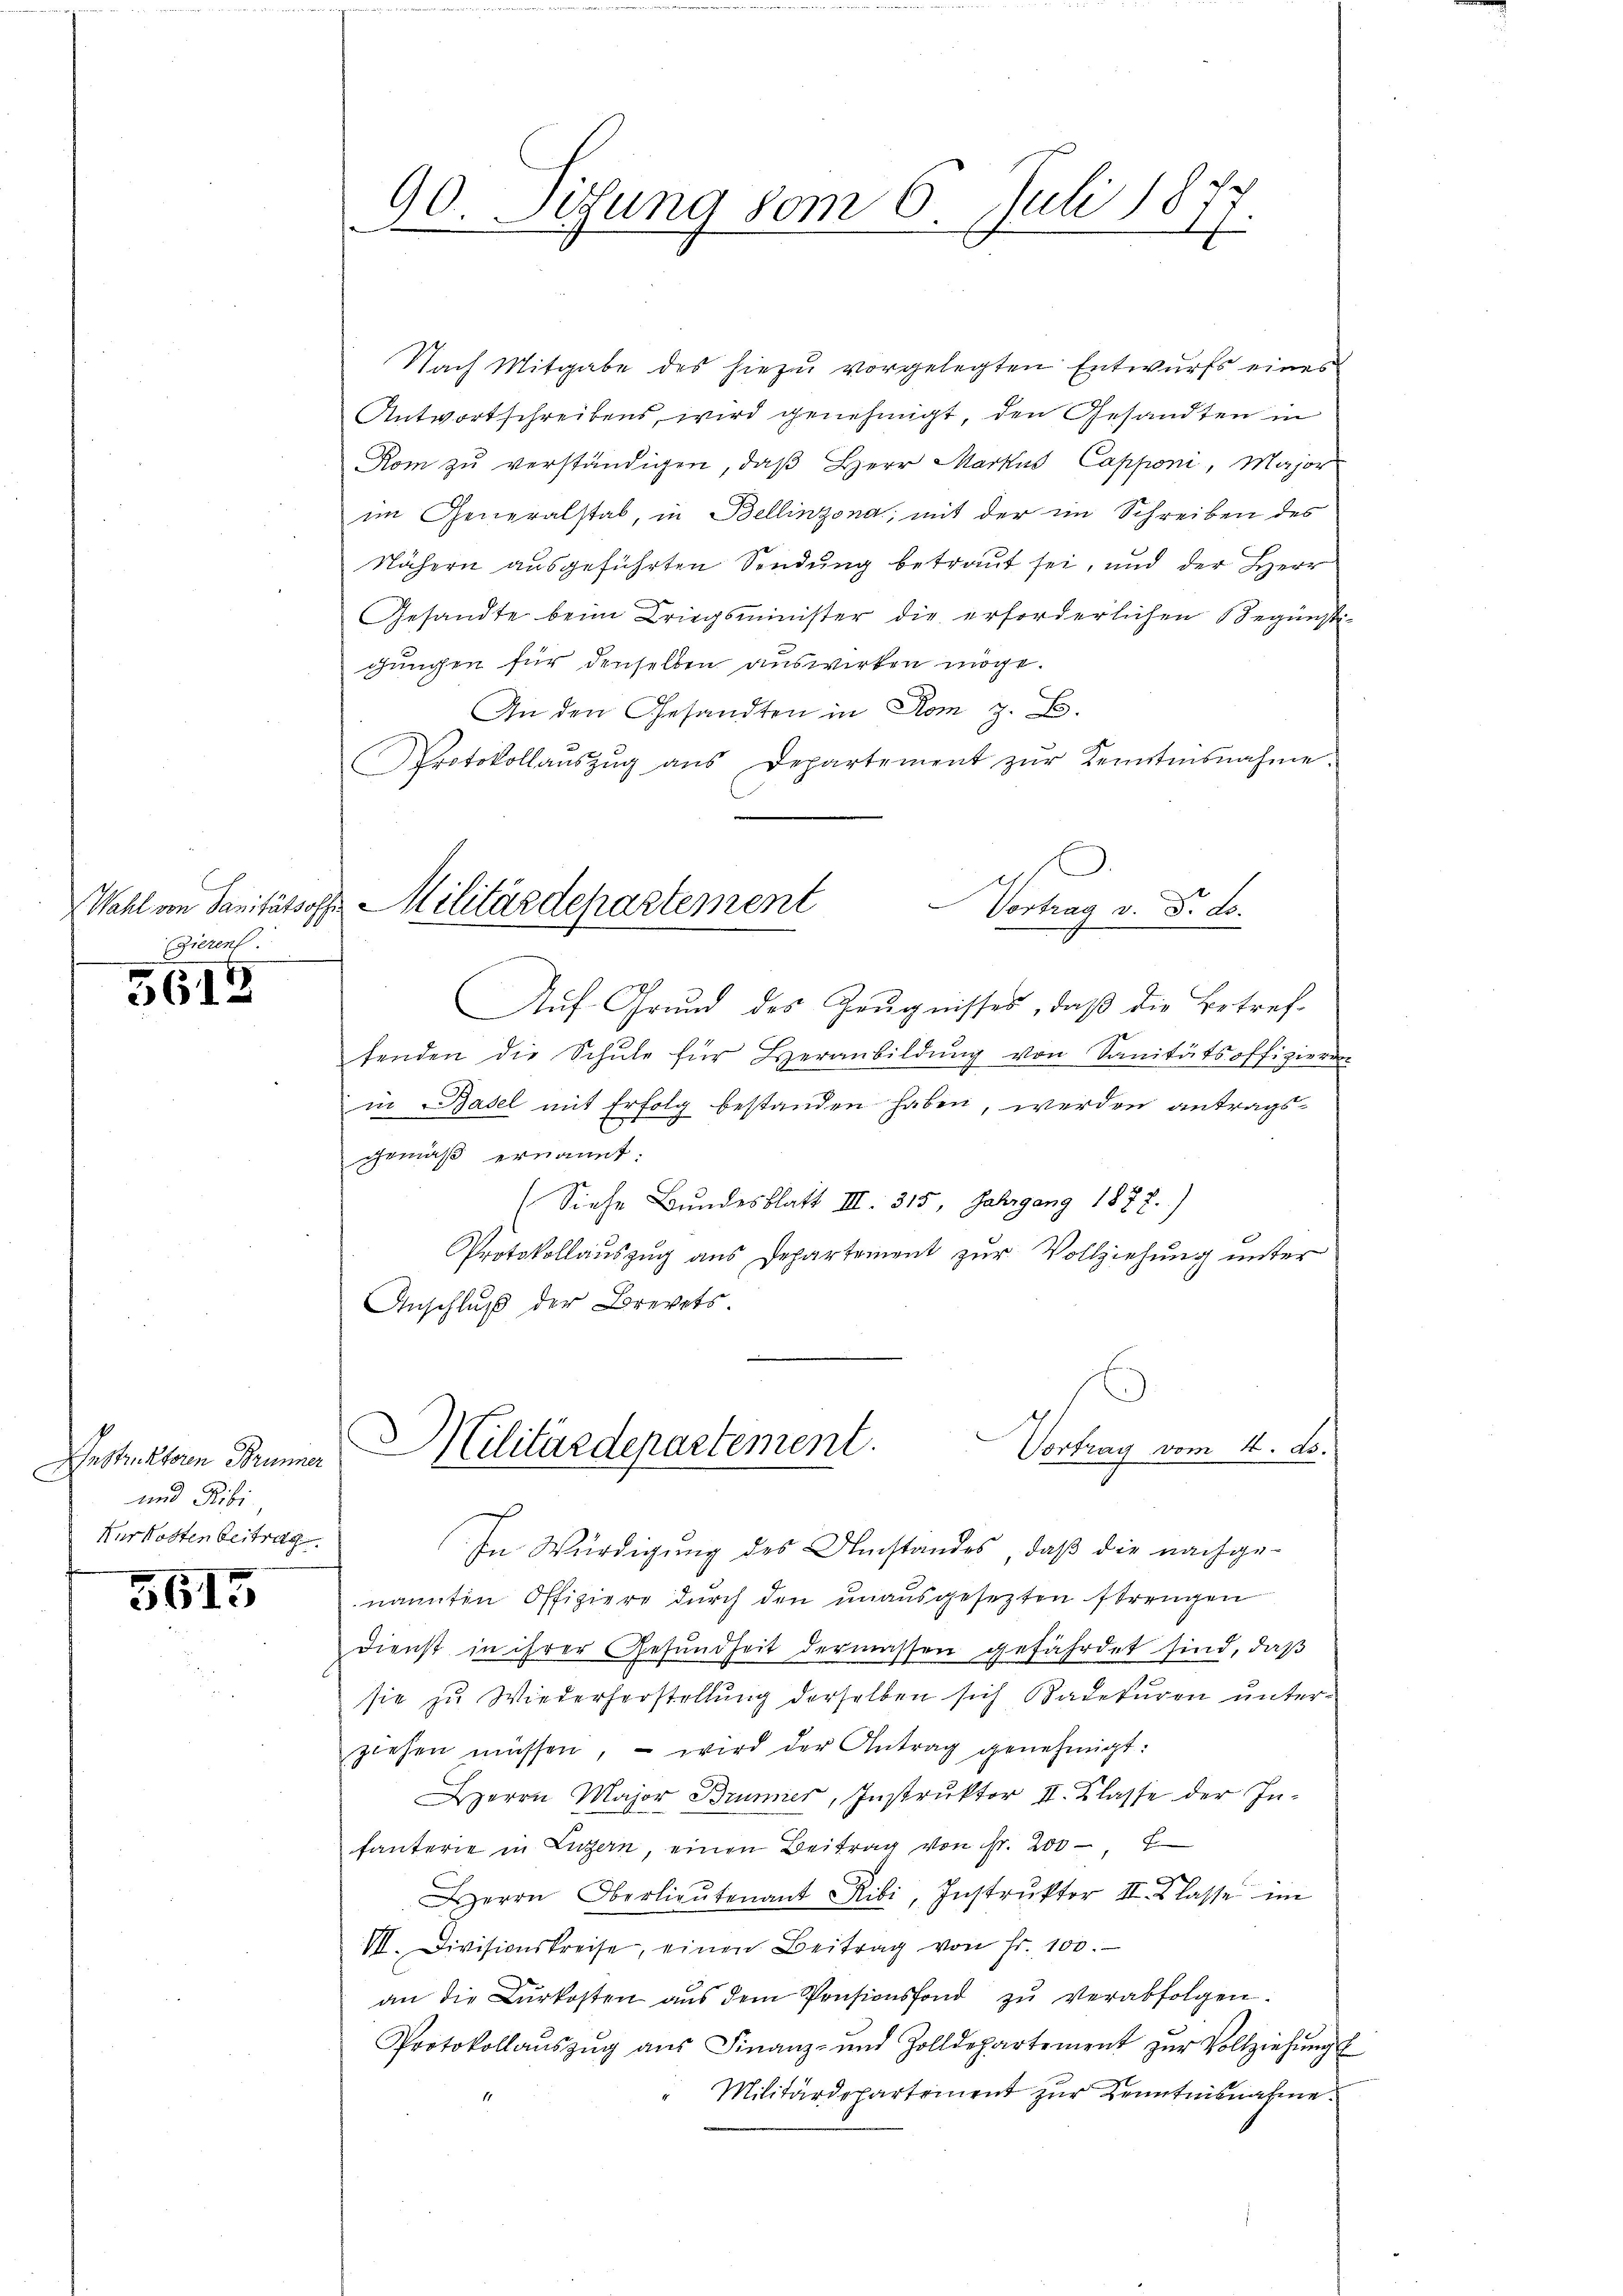
(Zieren

5612

und Ribi
Kur Kosten Beitrag

5615

90. Sitzung vom 6. Juli 1877

Nach Mitgabe des hiezu vorgelegten Entwurfs eines
Antwortschreibens, wird genehmigt, den Gesandten in
Rom zu verständigen, daß Herr Markus Capponi, Major
im Generalstab, in Bellinzona, mit der im Schreiben des
Nähern ausgeführten Sendung betraut sei, und der Herr
Gesandte beim Kriegsminister die erforderlichen Begünstigungen für denselben auswirken möge.
An den Gesandten in Rom z. B.
Protokollaŭszŭg ans Departement zŭr Kenntnisnahme.
Aŭf Grŭnd des Zeŭgnisses, daβ die Betref-
henden die Schŭle für Heranbildŭng von Sanitätsoffizieren
in Basel mit Erfolg bestanden haben, werden antragsgemäß ernannt.
(Siehe Bundesblatt III. 315. Jahrgang 1877.)
Protokollauszug aus Departement zur Vollziehung unter
Anschluß der Brevets.
u
Vortrag vom 4. ds.
Bestrektor Sennen Militärdepartement.
In Würdigung des Umstandes, daß die nachge-
nannten Offiziere durch den unausgesezten strengen
dienst in ihrer Gesŭndheit dermassen gefährdet sind, daß
sie zu Wiederherstellung derselben sich Kadeturen unterziehen müssen, – wird der Antrag genehmigt:
Herrn Major Brunner, Instruktor II. Klasse der Infanterie in Luzern, einen Beitrag von ist. 200 f
Herrn Oberlieŭtenant Ribi, Instrŭktor II. Klasse im
VII. Divisionskreise, einen Beitrag von Fr. 100.
an die Bŭrkosten aŭs dem Pensionsfond zŭ verabfolgen.
Protokollaŭszŭg aŭs Finanz- und Zolldepartement zŭr Vollziehŭng
Militärdepartement zŭr Kenntnisnahme.

.
Wahl von Sanitätsoffe Militärdepartement
Vortrag v. 8. ds.